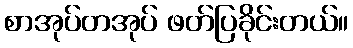
စာအုပ်တအုပ် ဖတ်ပြခိုင်းတယ်။